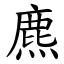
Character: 麃